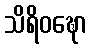
သိရိဝဍ္ဎော